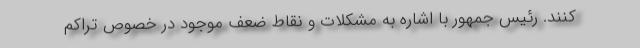
کنند. رئیس جمهور با اشاره به مشکلات و نقاط ضعف موجود در خصوص تراکم